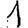
Digit: 1